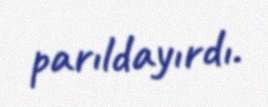
parıldayırdı.